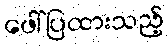
ဖေါ်ပြထားသည့်